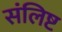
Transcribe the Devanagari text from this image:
संलिष्ट